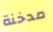
مدخنة